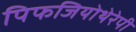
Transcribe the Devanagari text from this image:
पिफजियोथेरेपी